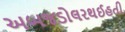
અબજડોલરથઈહતી